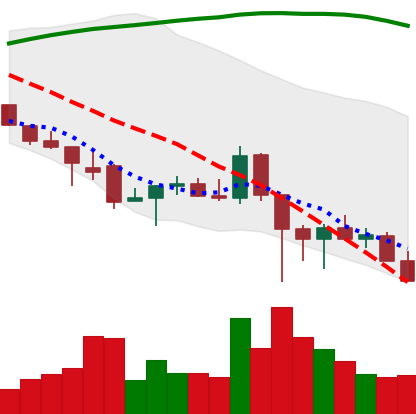
Ticker: ADA-USD
Chart end date: 2021-12-10
Forward return: 8.266%
Label: up_7plus